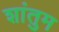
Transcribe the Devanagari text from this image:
शांतुम